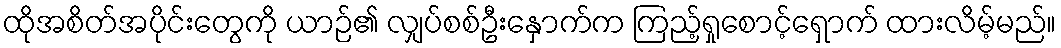
ထိုအစိတ်အပိုင်းတွေကို ယာဉ်၏ လျှပ်စစ်ဦးနှောက်က ကြည့်ရှုစောင့်ရှောက် ထားလိမ့်မည်။